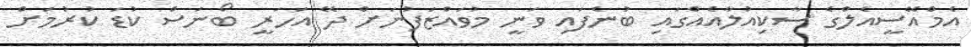
އެމްއޭސީއެލްގެ ސާކިއުލާއެއްގައި ބުނެފައި ވަނީ މުވައްޒަފުނަށް ދޭ އަހަރީ ބޯނަސް ކުޑަ ކުރުމަށް